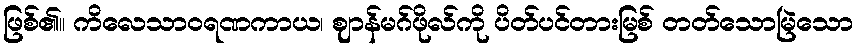
ဖြစ်၏။ ကိလေသာဝရဏကာယ၊ ဈာန်မဂ်ဖိုလ်ကို ပိတ်ပင်တားမြစ် တတ်သောမြဲသော